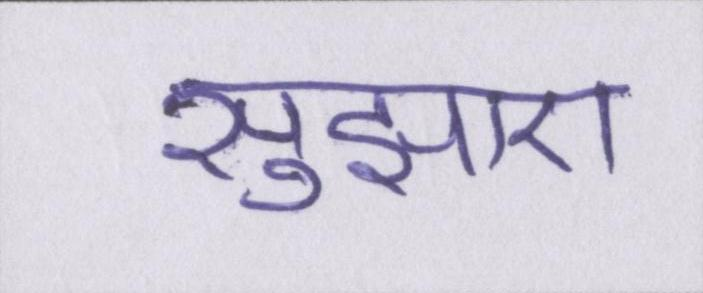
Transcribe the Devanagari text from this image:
सुझाए